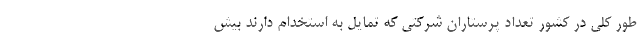
طور کلی در کشور تعداد پرستاران شرکتی که تمایل به استخدام دارند بیش